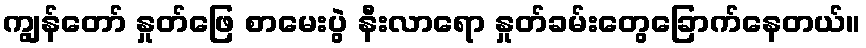
ကျွန်တော် နှုတ်ဖြေ စာမေးပွဲ နီးလာရော နှုတ်ခမ်းတွေခြောက်နေတယ်။